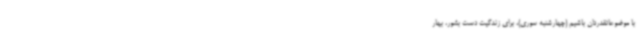
با موضوعاتقدردان باشیم (چهارشنبه سوری)، برای زندگیت دست بشور، بهار